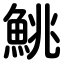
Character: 鮡